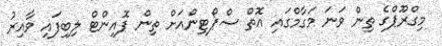
މިގްރޫޕްގެ ތިން ވަނަ މަގާމްގައި އޮތް ސްޕޯޓިންއަށް ތިން ޕޮއިންޓް ލިބިފައި ވާއިރު